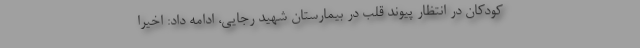
کودکان در انتظار پیوند قلب در بیمارستان شهید رجایی، ادامه داد: اخیرا